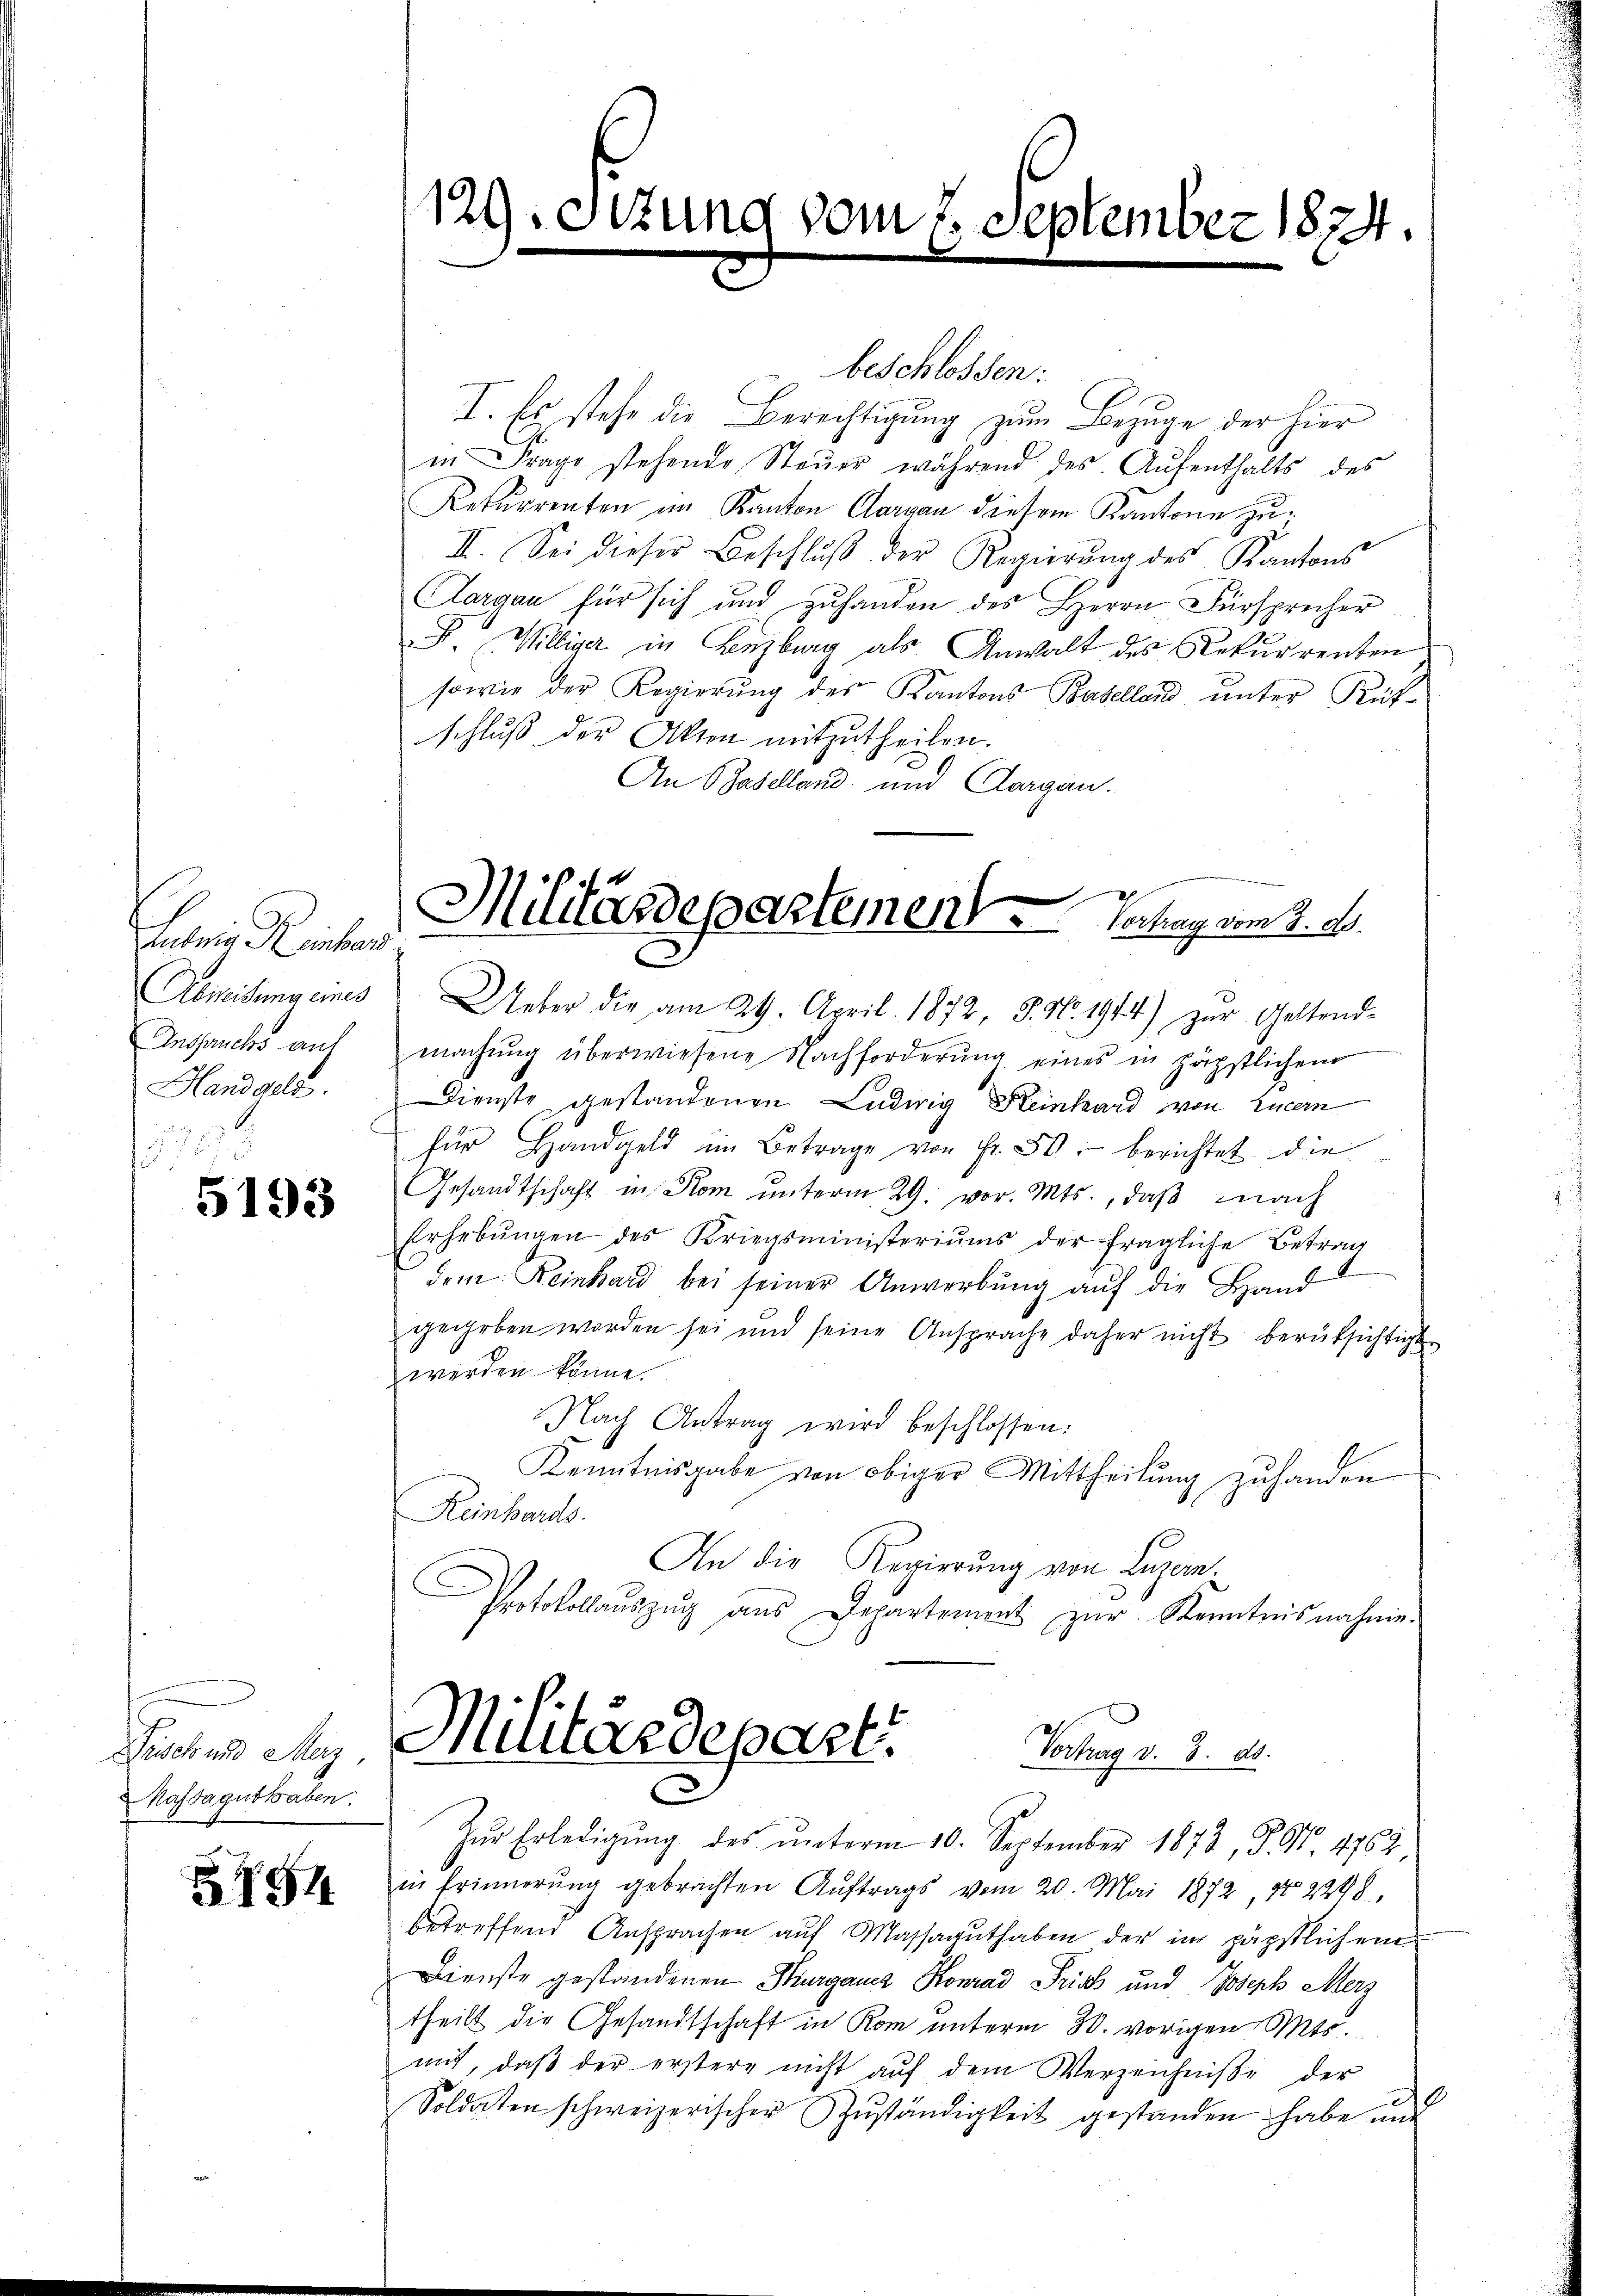
Latria Reinhar
Remisung eines
Anspruchs auf
Handgele

5193

Dusch und Merz,
Kassaguthaben.

8794

129Stzung vom 2. September 1874.

I. Es stehe die Berechtigung zum Bezuge der hier
in Frage stehende Steŭer während des Aŭfenthalts des
Rekurrenten im Kanton Aargau diesem Kantone zu¬
II. Sei dieser Beschluß der Regierŭng des Kantons
Aargau für sich und zuhanden des Herrn Fürsprecher
P. Williger in Lenzburg als Anwalt des Rekurrenten
sowie der Regierung des Kantons Basellard unter Kuf
schluß der Akten mitzutheilen.
An Baselland und Aargau.

beschlossen:

Militärdepartement Verhag vom 7. A.

Ueber die am 29. April 1872, S. Nr. 1914) zŭr Geltend-
machŭng überwiesene Nachforderŭng eines in päpstlichem
Dienste gestandenen Ludwig Heinhard von Luzern
für Handgeld im Betrage von Fr. 50. berichtet die
Gesandtschaft in Rom unterm 29. vor. Mts., daß nach
Erhebŭngen des Kriegsministeriŭms der fragliche Betrag
dem Reinhard bei seiner Anwerbung auf die Hand
gegeben worden sei und seine Ansprache daher nicht berüksichtigt
werden könne.
Nach Antrag wird beschlossen:
Kenntnisgabe von obiger Mittheilŭng zŭ handen.
Reinhards.
An die Regierung von Luzern.
Protokollaŭszŭg aŭs Departenant zŭr Kenntnisnahme.

Militärdepart.
Vortrag v. 3. ds.
¬

Zŭr Erledigŭng des ŭnterm 10. September 1872, P. Nr. 4764
in Erinnerung gebrachten Aŭftrags vom 20. Mai 1872, No 2298.
betreffend Ansprachen auf Massaguthaben der im päpstlichem
Dienste gestandenen Thurgaucz Konrad Frisch und Joseph Merz
theilt die Gesandtschaft in Rom unterm 30. vorigen Mts.
mit, daß der erstere nicht aŭf dem Verzeichniße der
9
Soldaten schweizerischer Zŭständigkeit gestanden habe mit